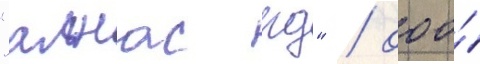
"алнас рд" / ооо́